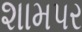
શામપર